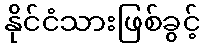
နိုင်ငံသားဖြစ်ခွင့်